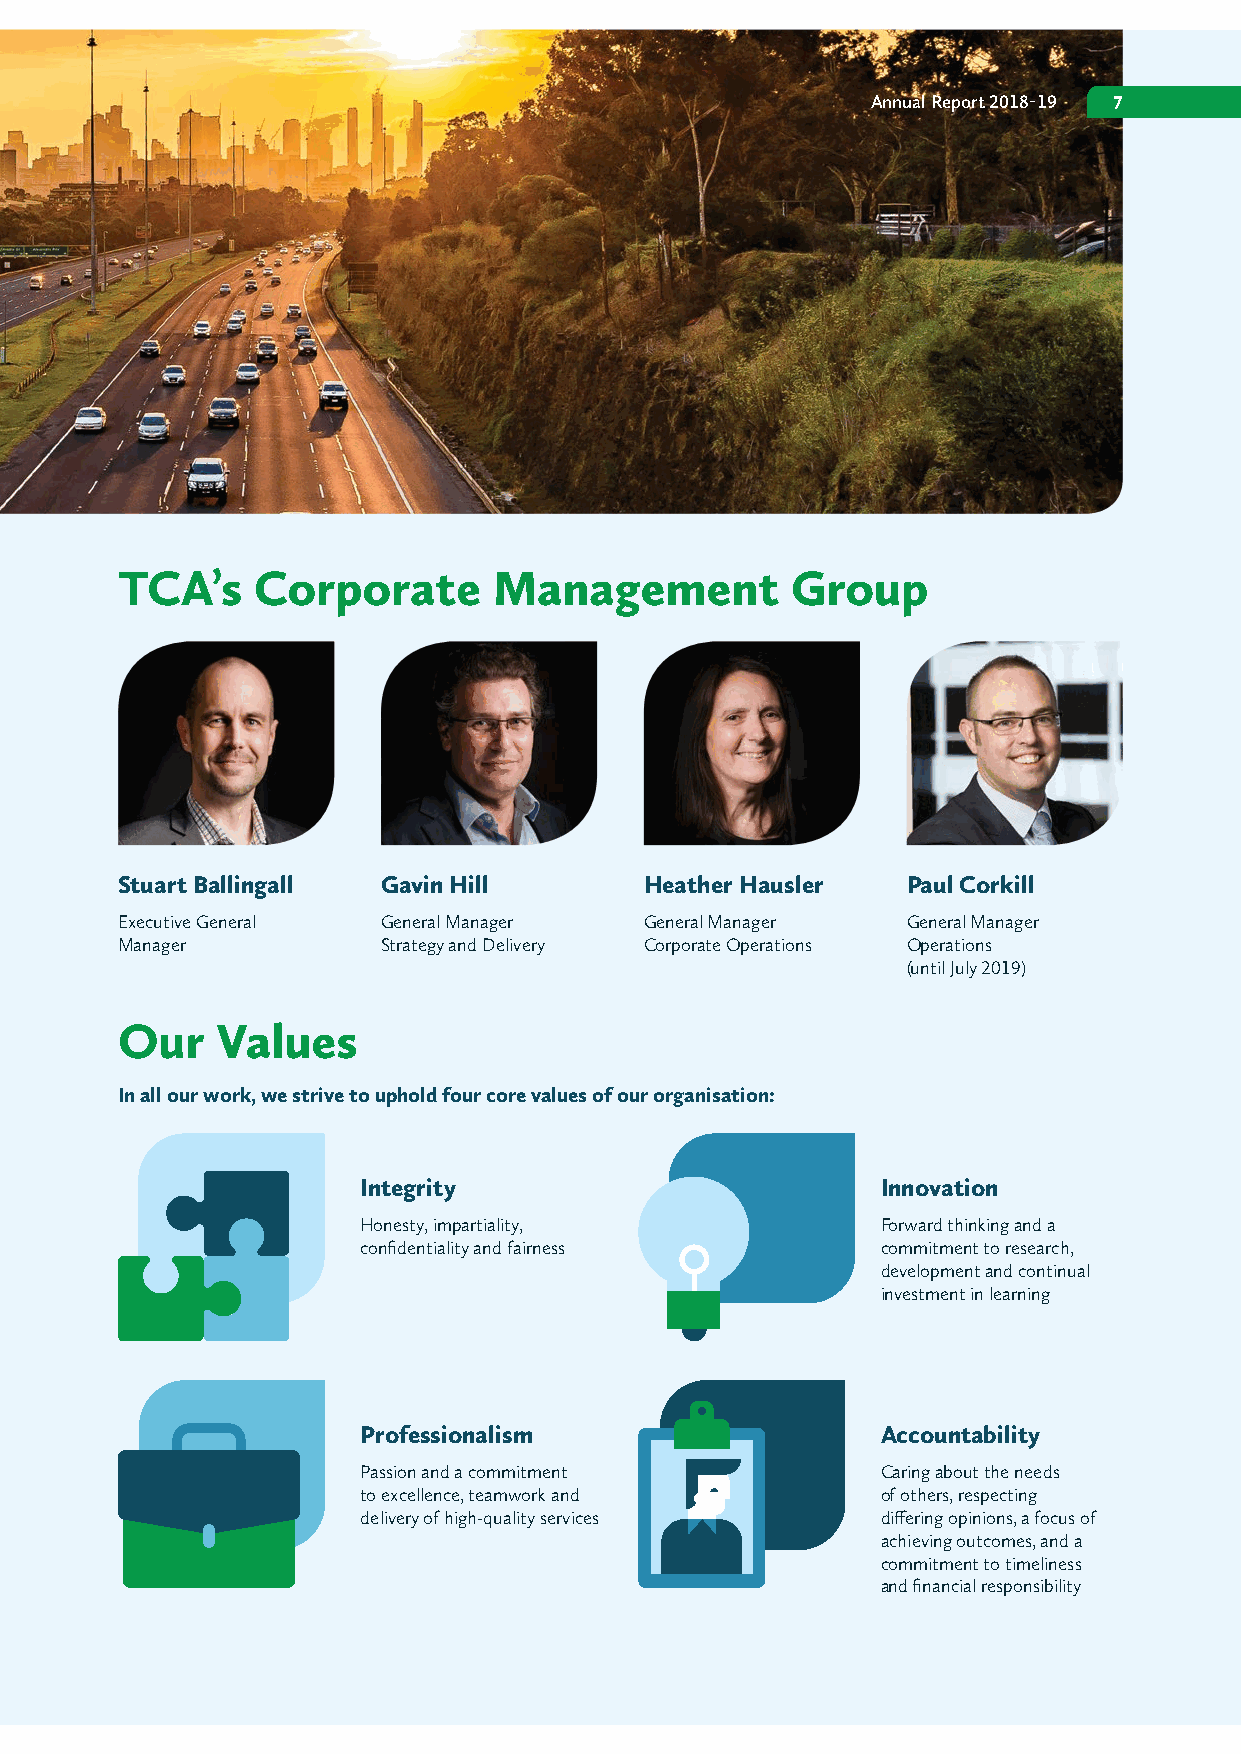
Annual Report 2018-19 7
 TCA’s    Corporate       Management         Group
 Stuart Ballingall Gavin Hill       Heather Hausler  Paul Corkill
 Executive General General Manager  General Manager  General Manager
 Manager          Strategy and Delivery Corporate Operations Operations
 (until July 2019)
 Our   Values
 In all our work, we strive to uphold four core values of our organisation:
 Integrity                         Innovation
 Honesty, impartiality,            Forward thinking and a
 confidentiality and fairness      commitment to research,
 development and continual
 investment in learning
 Professionalism                   Accountability
 Passion and a commitment          Caring about the needs
 to excellence, teamwork and       of others, respecting
 delivery of high-quality services differing opinions, a focus of
 achieving outcomes, and a
 commitment to timeliness
 and financial responsibility